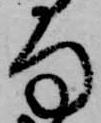
句